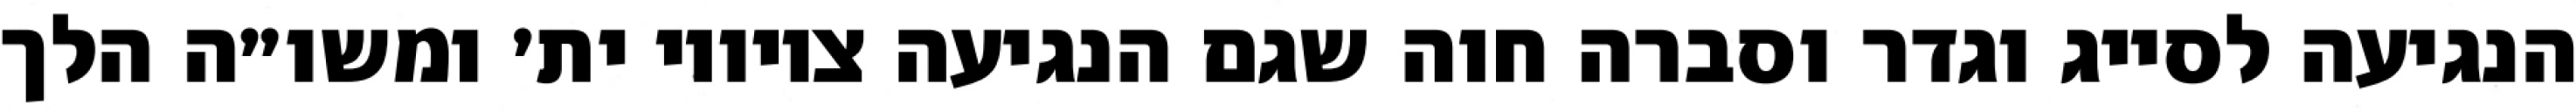
הנגיעה לסייג וגדר וסברה חוה שגם הנגיעה ציוויו ית׳ ומשו״ה הלך